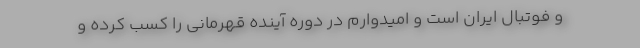
و فوتبال ایران است و امیدوارم در دوره آینده قهرمانی را کسب کرده و